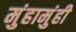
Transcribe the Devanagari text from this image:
मुंहामुंही